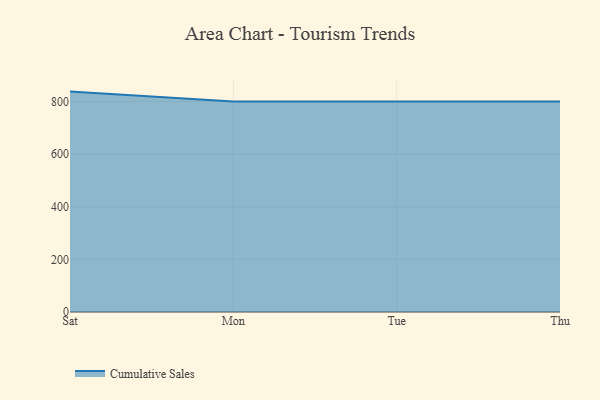
{"axis": {"x": "Day", "y": "Bounce Rate (%)"}, "legend": ["Cumulative Sales"], "data": [{"x": "Sat", "y": 837.5, "type": "Cumulative Sales"}, {"x": "Mon", "y": 800, "type": "Cumulative Sales"}, {"x": "Tue", "y": 800, "type": "Cumulative Sales"}, {"x": "Thu", "y": 800, "type": "Cumulative Sales"}]}